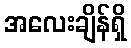
အလေးချိန်ရှိ